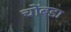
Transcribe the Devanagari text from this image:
चोंबडा